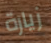
زيارة